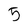
Character: 5